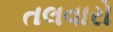
તલવારો